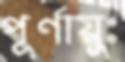
পূর্ণায়ুঃ